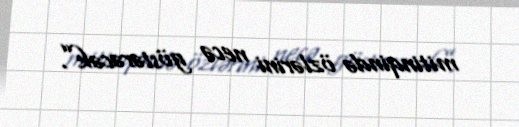
mitinqində özlərini necə göstərəcək”.